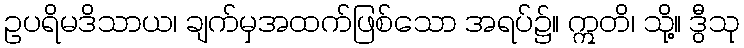
ဥပရိမဒိသာယ၊ ချက်မှအထက်ဖြစ်သော အရပ်၌။ ဣတိ၊ သို့။ ဒွီသု